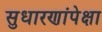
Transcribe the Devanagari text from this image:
सुधारणांपेक्षा